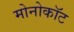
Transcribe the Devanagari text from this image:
मोनोकॉट